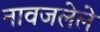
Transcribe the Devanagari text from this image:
नावजलेले